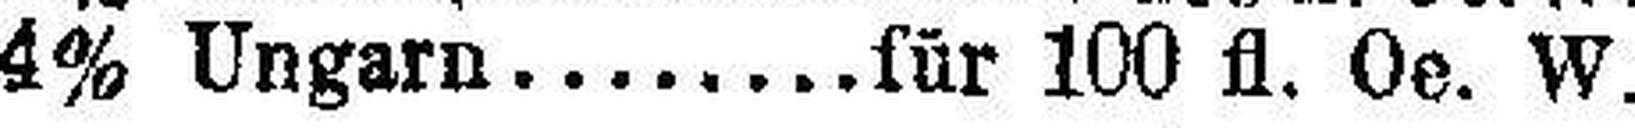
4% Ungarn ........ für 100 fl. Oe. W.